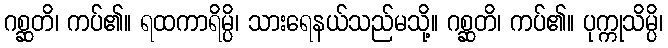
ဂစ္ဆတိ၊ ကပ်၏။ ရထကာရိမ္ပိ၊ သားရေနယ်သည်မသို့။ ဂစ္ဆတိ၊ ကပ်၏။ ပုက္ကုသိမ္ပိ၊